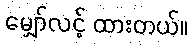
မျှော်လင့် ထားတယ်။